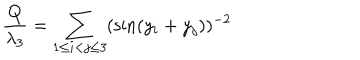
LaTeX: \frac { Q } { \lambda _ { 3 } } = \sum _ { 1 \le i < j \le 3 } ( \sin ( y _ { i } + y _ { j } ) ) ^ { - 2 }